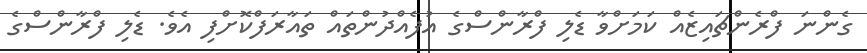
ގެންނަ ފްރެންޗައިޒެއް ކަމަށްވާ ޑެލި ފްރާންސްގެ އުފެއްދުންތައް ތައާރަފްކޮށްފި އެވެ. ޑެލި ފްރާންސްގެ